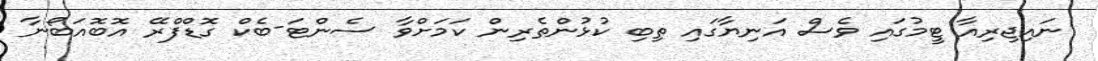
ނައިޖިރިއާ ޓީމުގައި ވެސް އަނިޔާގައި ތިބި ކުޅުންތެރިން ކަމަށްވާ ސެންޓަ-ބެކް ގޮޑްފްރޭ އޮބޮއަބޯނާ